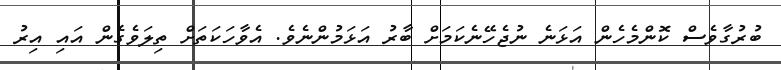
ބުރުގާވެސް ކޮންމެހެން އަޅަނެ ނުޖެހޭނެކަމަށް ބާރު އަޅަމުންނެވެ. އެވާހަކަތަށް ތިލަވެގެން އައި އިރު